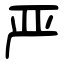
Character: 严